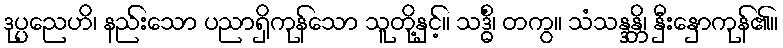
ဒုပ္ပညေဟိ၊ နည်းသော ပညာရှိကုန်သော သူတို့နှင့်။ သဒ္ဓိံ၊ တကွ။ သံသန္ဒန္တိ၊ နှီးနှောကုန်၏။